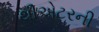
થીએટરની